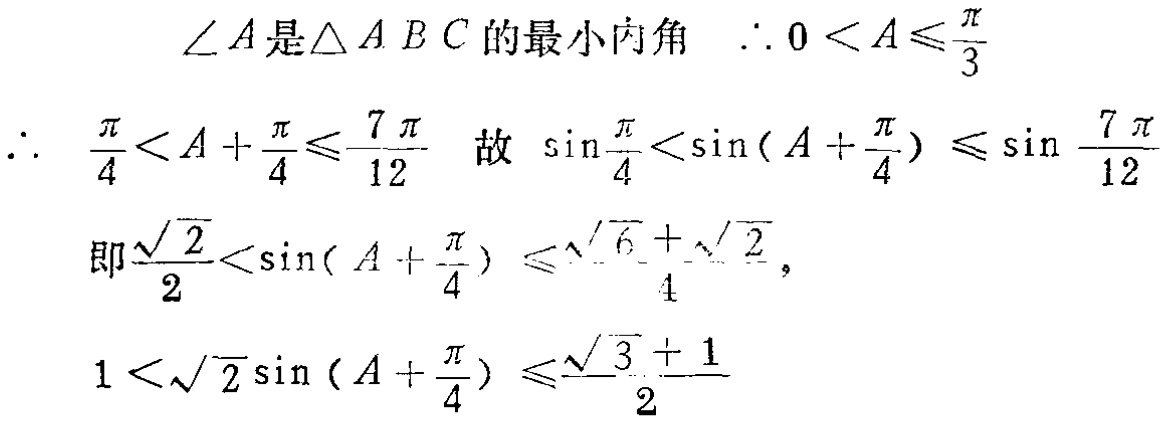
$\begin{align*}
&\angle A\text{是}\triangle ABC\text{的最小内角}\quad\therefore 0 < A\leqslant\frac{\pi}{3}\\
\therefore\quad&\frac{\pi}{4}<A + \frac{\pi}{4}\leqslant\frac{7\pi}{12}\quad\text{故}\quad\sin\frac{\pi}{4}<\sin(A + \frac{\pi}{4})\leqslant\sin\frac{7\pi}{12}\\
&\text{即}\frac{\sqrt{2}}{2}<\sin(A + \frac{\pi}{4})\leqslant\frac{\sqrt{6}+\sqrt{2}}{4},\\
&1<\sqrt{2}\sin(A + \frac{\pi}{4})\leqslant\frac{\sqrt{3}+1}{2}
\end{align*}$